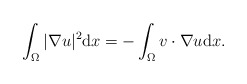
\begin{align*}\int_{\Omega} |\nabla u|^{2} \mathrm{d} x = -\int_{\Omega} v \cdot \nabla u \mathrm{d} x. \end{align*}